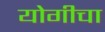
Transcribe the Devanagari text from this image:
योगीचा